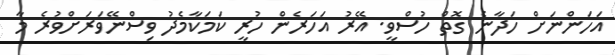
އަހަންނަށް ހަދާނެ ގޮތް ހުސްވީ. އޭރު އަހަރެން ހުރީ ކަމަކާމެދު ވިސްނޭވަރަށްވުރެ މާ